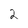
Character: 2